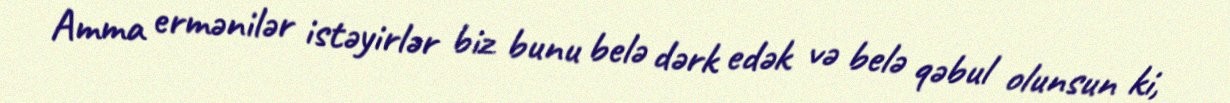
Amma ermənilər istəyirlər biz bunu belə dərk edək və belə qəbul olunsun ki,